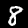
Digit: 8